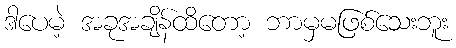
ဒါပေမဲ့ အခုအချိန်ထိတော့ ဘာမှမဖြစ်သေးဘူး